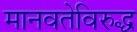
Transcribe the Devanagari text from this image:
मानवतेविरुद्ध